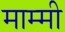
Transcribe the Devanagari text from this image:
माम्मी